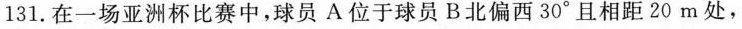
131.在一场亚洲杯比赛中，球员A位于球员B北偏西30°且相距20m处，